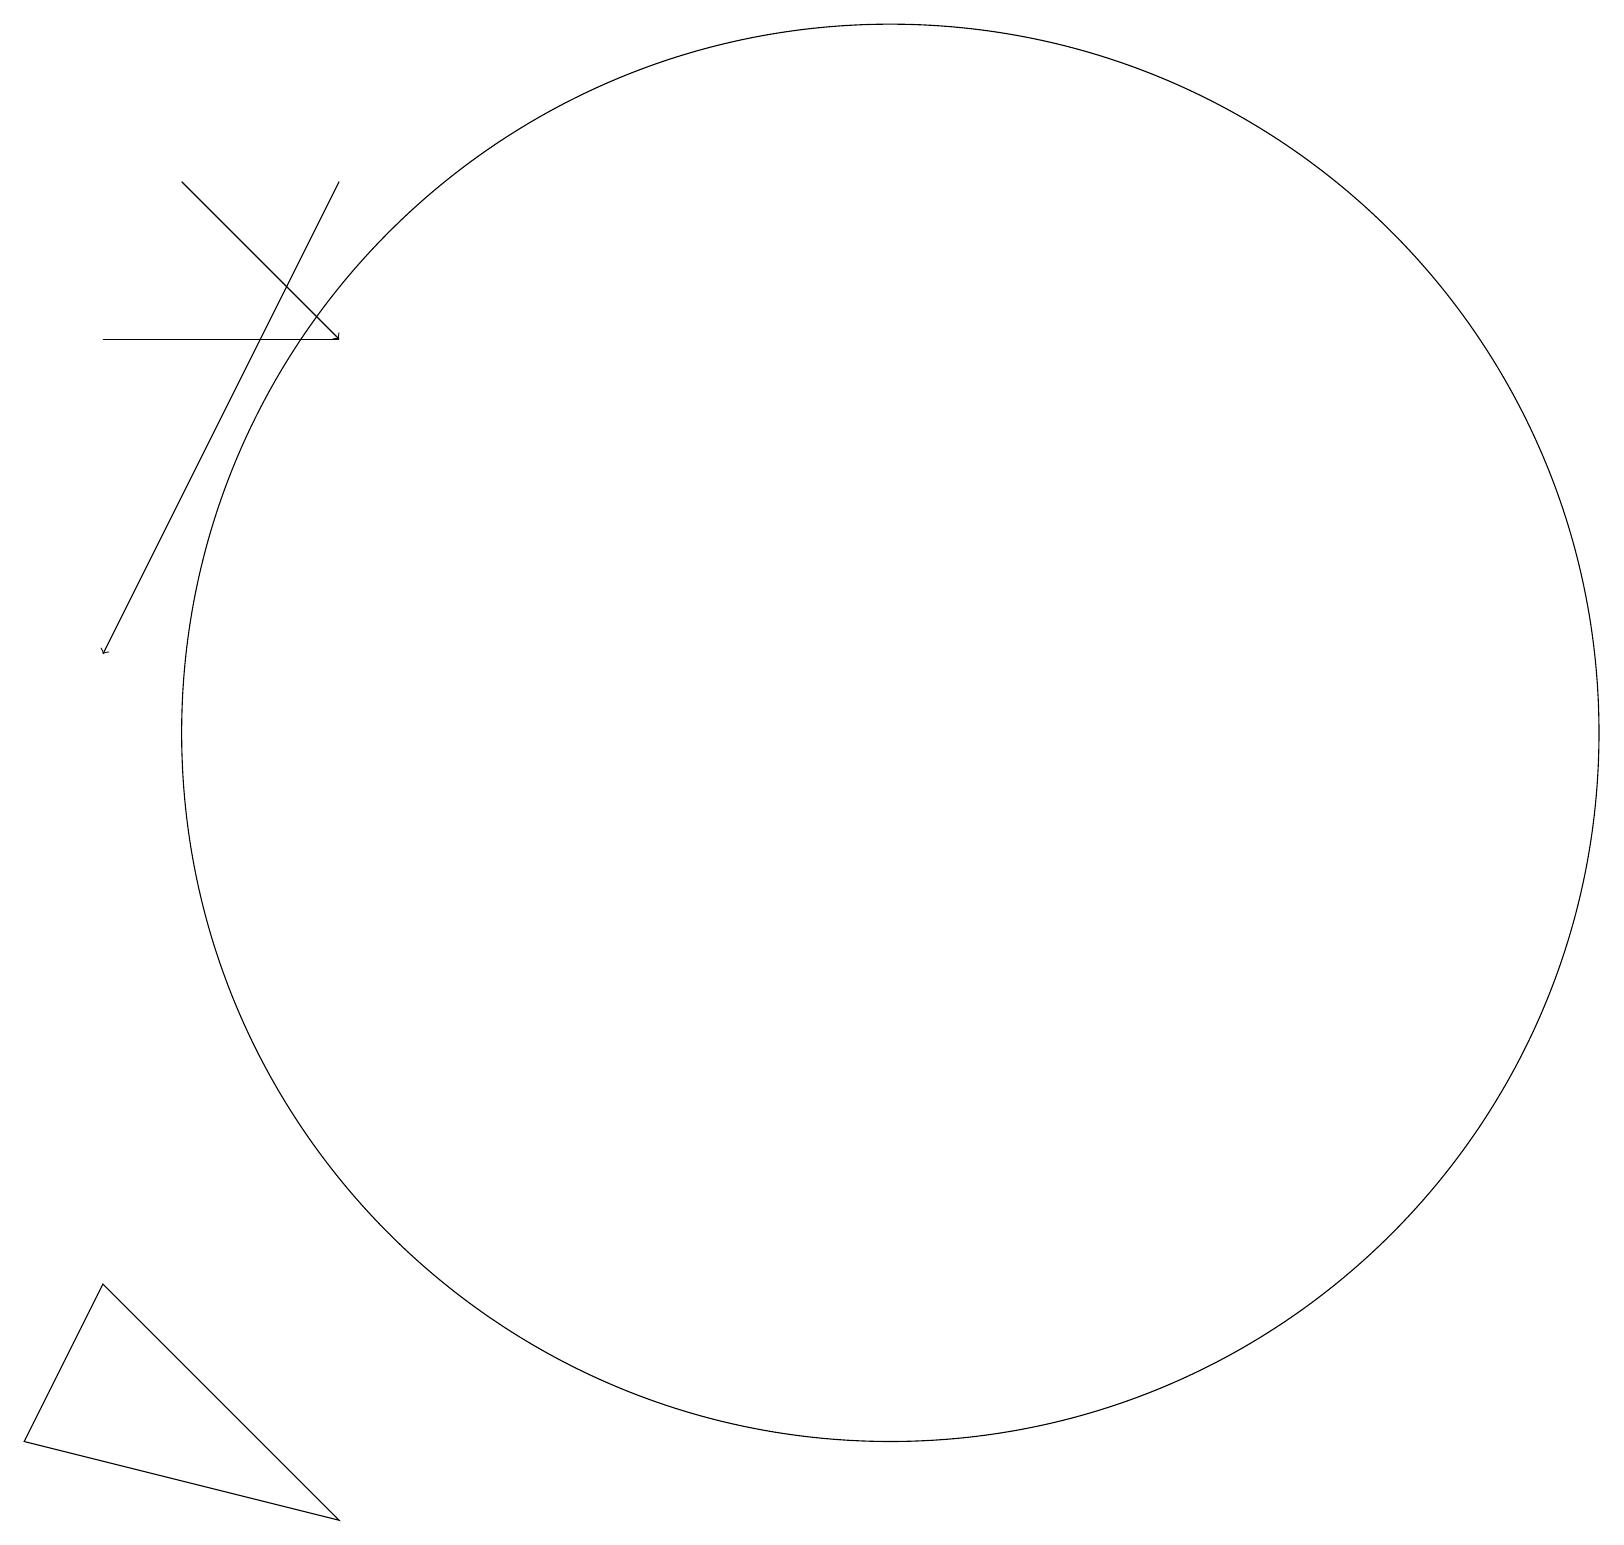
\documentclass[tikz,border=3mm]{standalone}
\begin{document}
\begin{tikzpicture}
\draw[->] (2,19) -- (4,17);
\draw (1,17) rectangle (4,17);
\draw (11,12) circle (9);
\draw[->] (4,19) -- (1,13);
\draw (4,2) -- (1,5) -- (0,3) -- cycle;
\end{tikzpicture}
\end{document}